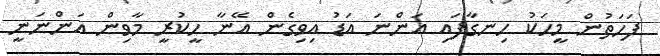
ފަހަތުން މީހަކު ހިނގާފައި އަންނަ އަޑު އިވިގެން އޭނާ ހީކުރީ މާވިން އަންނަނީ